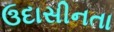
ઉદાસીનતા